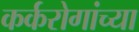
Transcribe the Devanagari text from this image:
कर्करोगांच्या